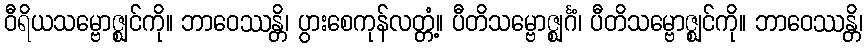
ဝီရိယသမ္ဗောဇ္ဈင်ကို။ ဘာဝေဿန္တိ၊ ပွားစေကုန်လတ္တံ့။ ပီတိသမ္ဗောဇ္ဈင်္ဂံ၊ ပီတိသမ္ဗောဇ္ဈင်ကို။ ဘာဝေဿန္တိ၊